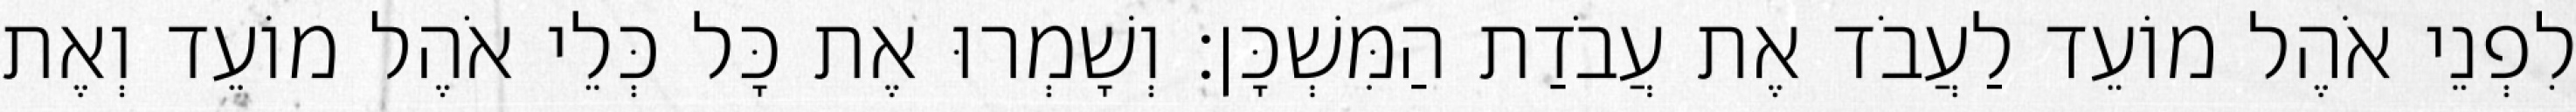
לִפְנֵי אֹהֶל מוֹעֵד לַעֲבֹד אֶת עֲבֹדַת הַמִּשְׁכָּן׃ וְשָׁמְרוּ אֶת כָּל כְּלֵי אֹהֶל מוֹעֵד וְאֶת